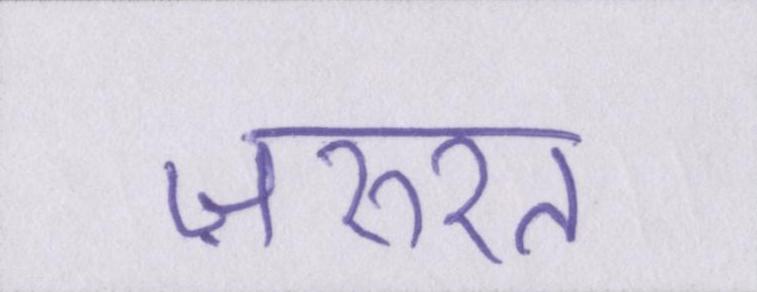
ज़रुरत